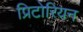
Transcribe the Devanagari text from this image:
प्रिटोरियन